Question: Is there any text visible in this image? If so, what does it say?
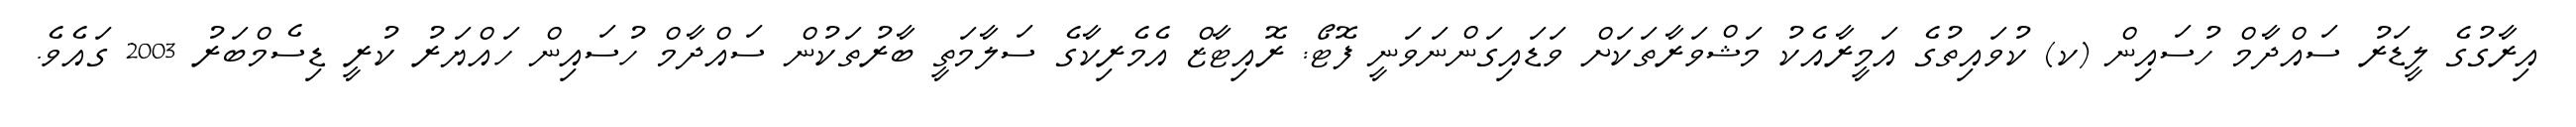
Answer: އިރާގުގެ ލީޑަރު ސައްދާމް ހުސައިން (ކ) ކުވައިތުގެ އަމީރާއެކު މަޝްވަރާތަކަށް ވަޑައިގަންނަވަނީ ފޮޓޯ: ރޮއިޓާޒް އެމެރިކާގެ ސަލާމަތީ ބާރުތަކުން ސައްދާމް ހުސައިން ހައްޔަރު ކުރީ ޑިސެމްބަރު 2003 ގައެވެ.